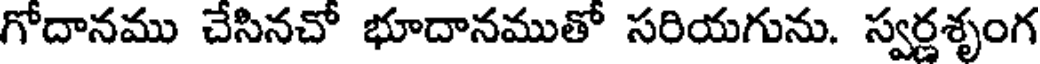
గోదానము చేసినచో భూదానముతో సరియగును. స్వర్ణశృంగ